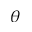
\theta